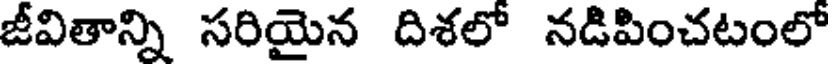
జీవితాన్ని సరియైన దిశలో నడిపించటంలో